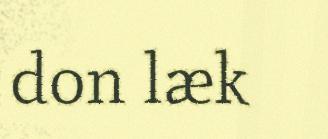
don læk